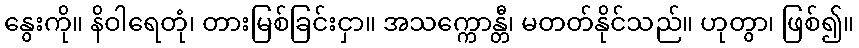
နွေးကို။ နိဝါရေတုံ၊ တားမြစ်ခြင်းငှာ။ အသက္ကောန္တီ၊ မတတ်နိုင်သည်။ ဟုတွာ၊ ဖြစ်၍။